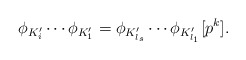
\begin{align*}\phi_{K_{i}'} \cdots \phi_{K_{1}'} = \phi_{K_{l_s}'} \cdots \phi_{K_{l_1}'}[p^k].\end{align*}